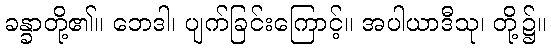
ခန္ခာတို့၏။ ဘေဒါ၊ ပျက်ခြင်းကြောင့်။ အပါယာဒီသု၊ တို့၌။